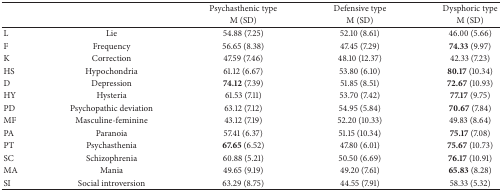
<table><thead><tr><td><b> </b></td><td><b> </b></td><td><b>Psychasthenic type</b></td><td><b>Defensive type</b></td><td><b>Dysphoric type</b></td></tr><tr><td><b> </b></td><td><b> </b></td><td><b>M (SD)</b></td><td><b>M (SD)</b></td><td><b>M (SD)</b></td></tr></thead><tbody><tr><td>L</td><td>Lie</td><td>54.88 (7.25)</td><td>52.10 (8.61)</td><td>46.00 (5.66)</td></tr><tr><td>F</td><td>Frequency</td><td>56.65 (8.38)</td><td>47.45 (7.29)</td><td><b>74.33</b> (9.97)</td></tr><tr><td>K</td><td>Correction</td><td>47.59 (7.46)</td><td>48.10 (12.37)</td><td>42.33 (7.23)</td></tr><tr><td>HS</td><td>Hypochondria</td><td>61.12 (6.67)</td><td>53.80 (6.10)</td><td><b>80.17</b> (10.34)</td></tr><tr><td>D</td><td>Depression</td><td><b>74.12</b> (7.39)</td><td>51.85 (8.51)</td><td><b>72.67</b> (10.93)</td></tr><tr><td>HY</td><td>Hysteria</td><td>61.53 (7.11)</td><td>53.70 (7.42)</td><td><b>77.17</b> (9.75)</td></tr><tr><td>PD</td><td>Psychopathic deviation</td><td>63.12 (7.12)</td><td>54.95 (5.84)</td><td><b>70.67</b> (7.84)</td></tr><tr><td>MF</td><td>Masculine-feminine</td><td>43.12 (7.19)</td><td>52.20 (10.33)</td><td>49.83 (8.64)</td></tr><tr><td>PA</td><td>Paranoia</td><td>57.41 (6.37)</td><td>51.15 (10.34)</td><td><b>75.17</b> (7.08)</td></tr><tr><td>PT</td><td>Psychasthenia</td><td><b>67.65</b> (6.52)</td><td>47.80 (6.01)</td><td><b>75.67</b> (10.73)</td></tr><tr><td>SC</td><td>Schizophrenia</td><td>60.88 (5.21)</td><td>50.50 (6.69)</td><td><b>76.17</b> (10.91)</td></tr><tr><td>MA</td><td>Mania</td><td>49.65 (9.19)</td><td>49.20 (7.61)</td><td><b>65.83</b> (8.28)</td></tr><tr><td>SI</td><td>Social introversion</td><td>63.29 (8.75)</td><td>44.55 (7.91)</td><td>58.33 (5.32)</td></tr></tbody></table>